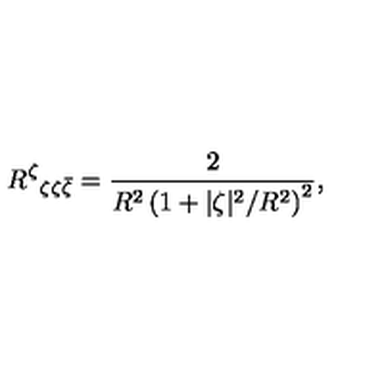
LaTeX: R ^ { \zeta } { } _ { \zeta \zeta \bar { \zeta } } = \frac { 2 } { R ^ { 2 } \left( 1 + { | \zeta | ^ { 2 } } / { R ^ { 2 } } \right) ^ { 2 } } ,